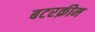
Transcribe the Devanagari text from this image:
बटरक्रीम